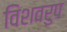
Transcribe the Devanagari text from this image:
विशवरुप